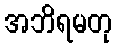
အဘိရမတု